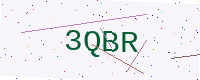
Text: 3QBR